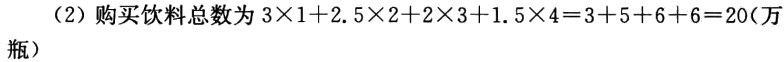
（2）购买饮料总数为 \(3\times1 + 2.5\times2+2\times3 + 1.5\times4=3 + 5+6 + 6 = 20\)（万瓶）